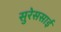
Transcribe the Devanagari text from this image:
सुरेससाई